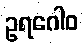
ဥရဂေါဝ